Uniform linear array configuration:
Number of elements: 16
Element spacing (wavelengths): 0.5
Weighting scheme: kaiser
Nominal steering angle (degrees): -45
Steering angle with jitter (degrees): -46.606
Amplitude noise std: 0.05
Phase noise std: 0.05

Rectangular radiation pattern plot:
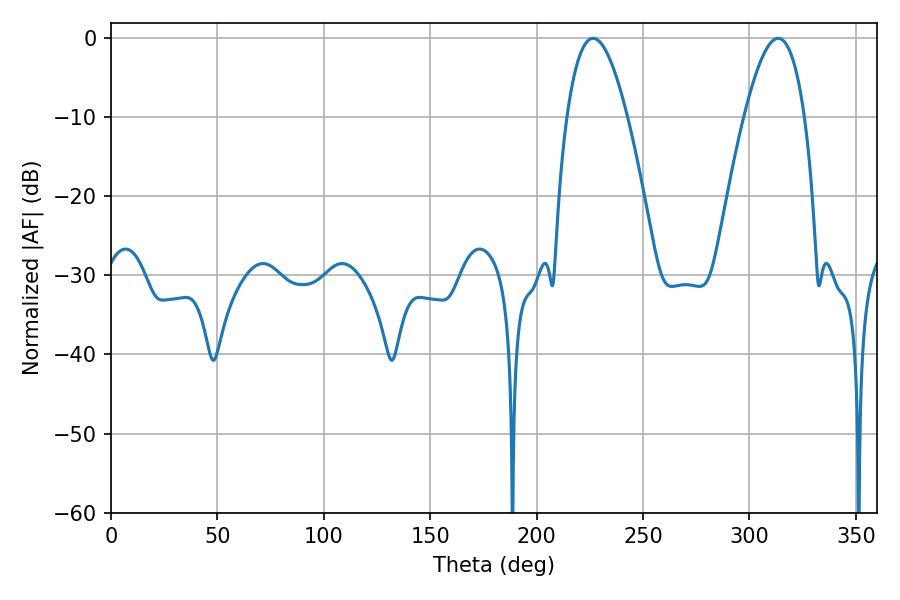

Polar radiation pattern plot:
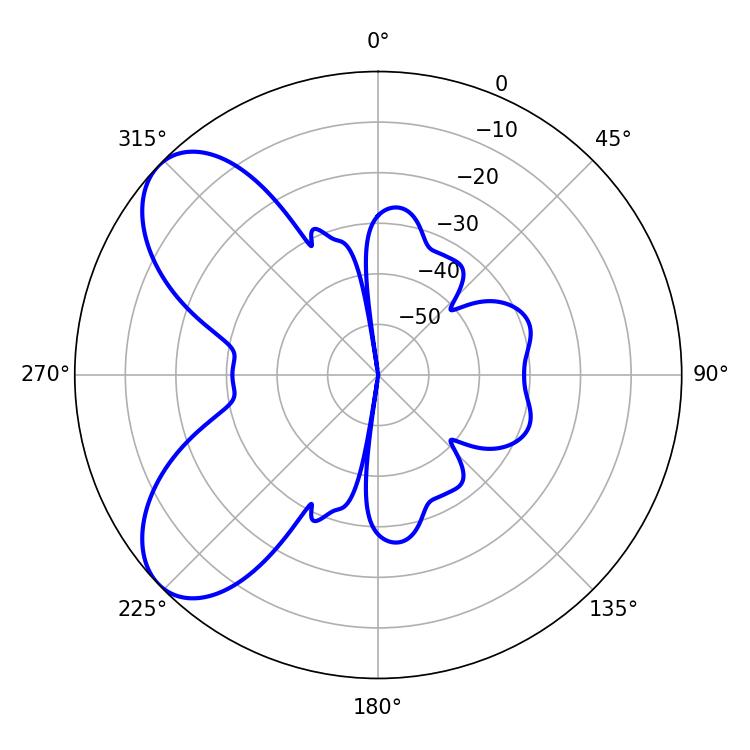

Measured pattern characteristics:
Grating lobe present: FALSE
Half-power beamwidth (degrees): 15.48
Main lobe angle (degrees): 226.44